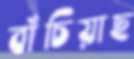
বাঁচিয়াছ